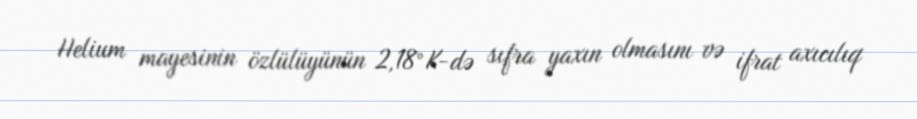
Helium mayesinin özlülüyünün 2,18°K-də sıfra yaxın olmasını və ifrat axıcılıq